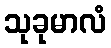
သုခုမာလံ